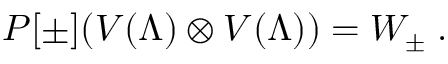
P [ \pm ] ( V ( \Lambda ) \otimes V ( \Lambda ) ) = W _ { \pm } \; .